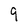
Character: 9